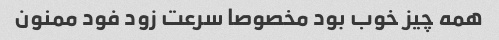
همه چیز خوب بود مخصوصا سرعت زود فود ممنون